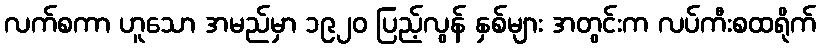
လက်စကာ ဟူသော အမည်မှာ ၁၉၂၀ ပြည့်လွန် နှစ်များ အတွင်းက လပ်ကီးစထရိုက်